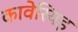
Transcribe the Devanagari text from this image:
कावेरियइ